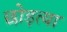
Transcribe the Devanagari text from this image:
छोड़त्या